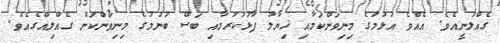
ގެއްލުނީއެވެ. އެއްވެ އުޅުމުގެ މިނިވަންކަމާއި ޚިޔާލު ފާޅުކުރުމާއި ބަސް ބުނުމުގެ މިނިވަންކަން ގެއްލިއްގެއެވެ.